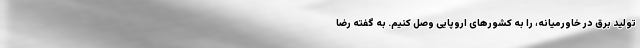
تولید برق در خاورمیانه، را به کشورهای اروپایی وصل کنیم. به گفته رضا